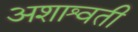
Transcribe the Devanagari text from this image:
अशाश्वती